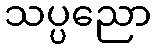
သပ္ပညော